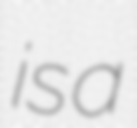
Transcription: is a